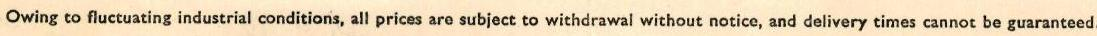
Owing to fluctuating industrial conditions, all prices are subject to withdrawal without notice, and delivery times cannot be guaranteed.